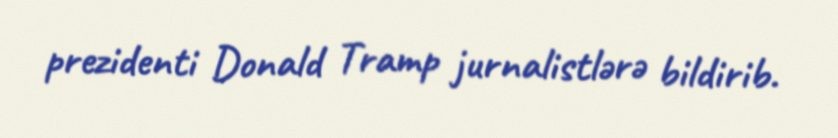
prezidenti Donald Tramp jurnalistlərə bildirib.